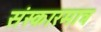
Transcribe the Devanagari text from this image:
संस्कारमात्र